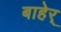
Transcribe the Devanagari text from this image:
बाहेर्